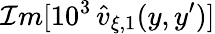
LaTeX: \mathcal{I}m[10^{3}\, \widehat{v}_{\xi,1}(y,y^{\prime})]